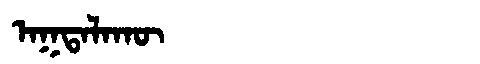
Manchu: ᠠᡴᡨᠠᠯᠠᡴᡡ
Romanization: AKTALAKŪ